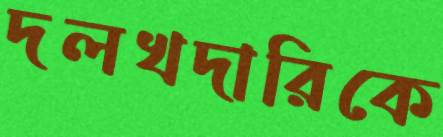
দলখদারিকে